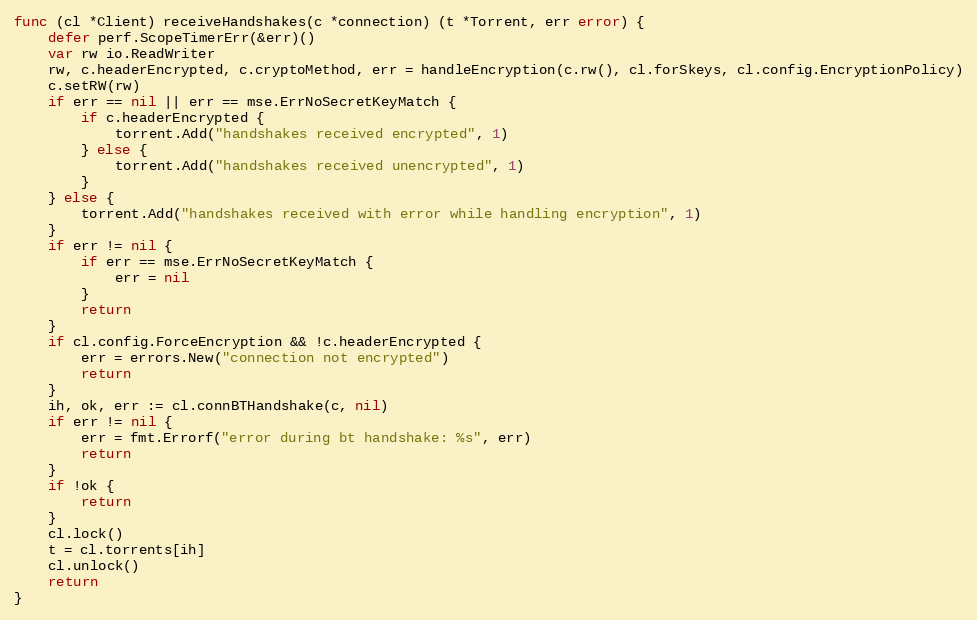
Language: Go
func (cl *Client) receiveHandshakes(c *connection) (t *Torrent, err error) {
	defer perf.ScopeTimerErr(&err)()
	var rw io.ReadWriter
	rw, c.headerEncrypted, c.cryptoMethod, err = handleEncryption(c.rw(), cl.forSkeys, cl.config.EncryptionPolicy)
	c.setRW(rw)
	if err == nil || err == mse.ErrNoSecretKeyMatch {
		if c.headerEncrypted {
			torrent.Add("handshakes received encrypted", 1)
		} else {
			torrent.Add("handshakes received unencrypted", 1)
		}
	} else {
		torrent.Add("handshakes received with error while handling encryption", 1)
	}
	if err != nil {
		if err == mse.ErrNoSecretKeyMatch {
			err = nil
		}
		return
	}
	if cl.config.ForceEncryption && !c.headerEncrypted {
		err = errors.New("connection not encrypted")
		return
	}
	ih, ok, err := cl.connBTHandshake(c, nil)
	if err != nil {
		err = fmt.Errorf("error during bt handshake: %s", err)
		return
	}
	if !ok {
		return
	}
	cl.lock()
	t = cl.torrents[ih]
	cl.unlock()
	return
}